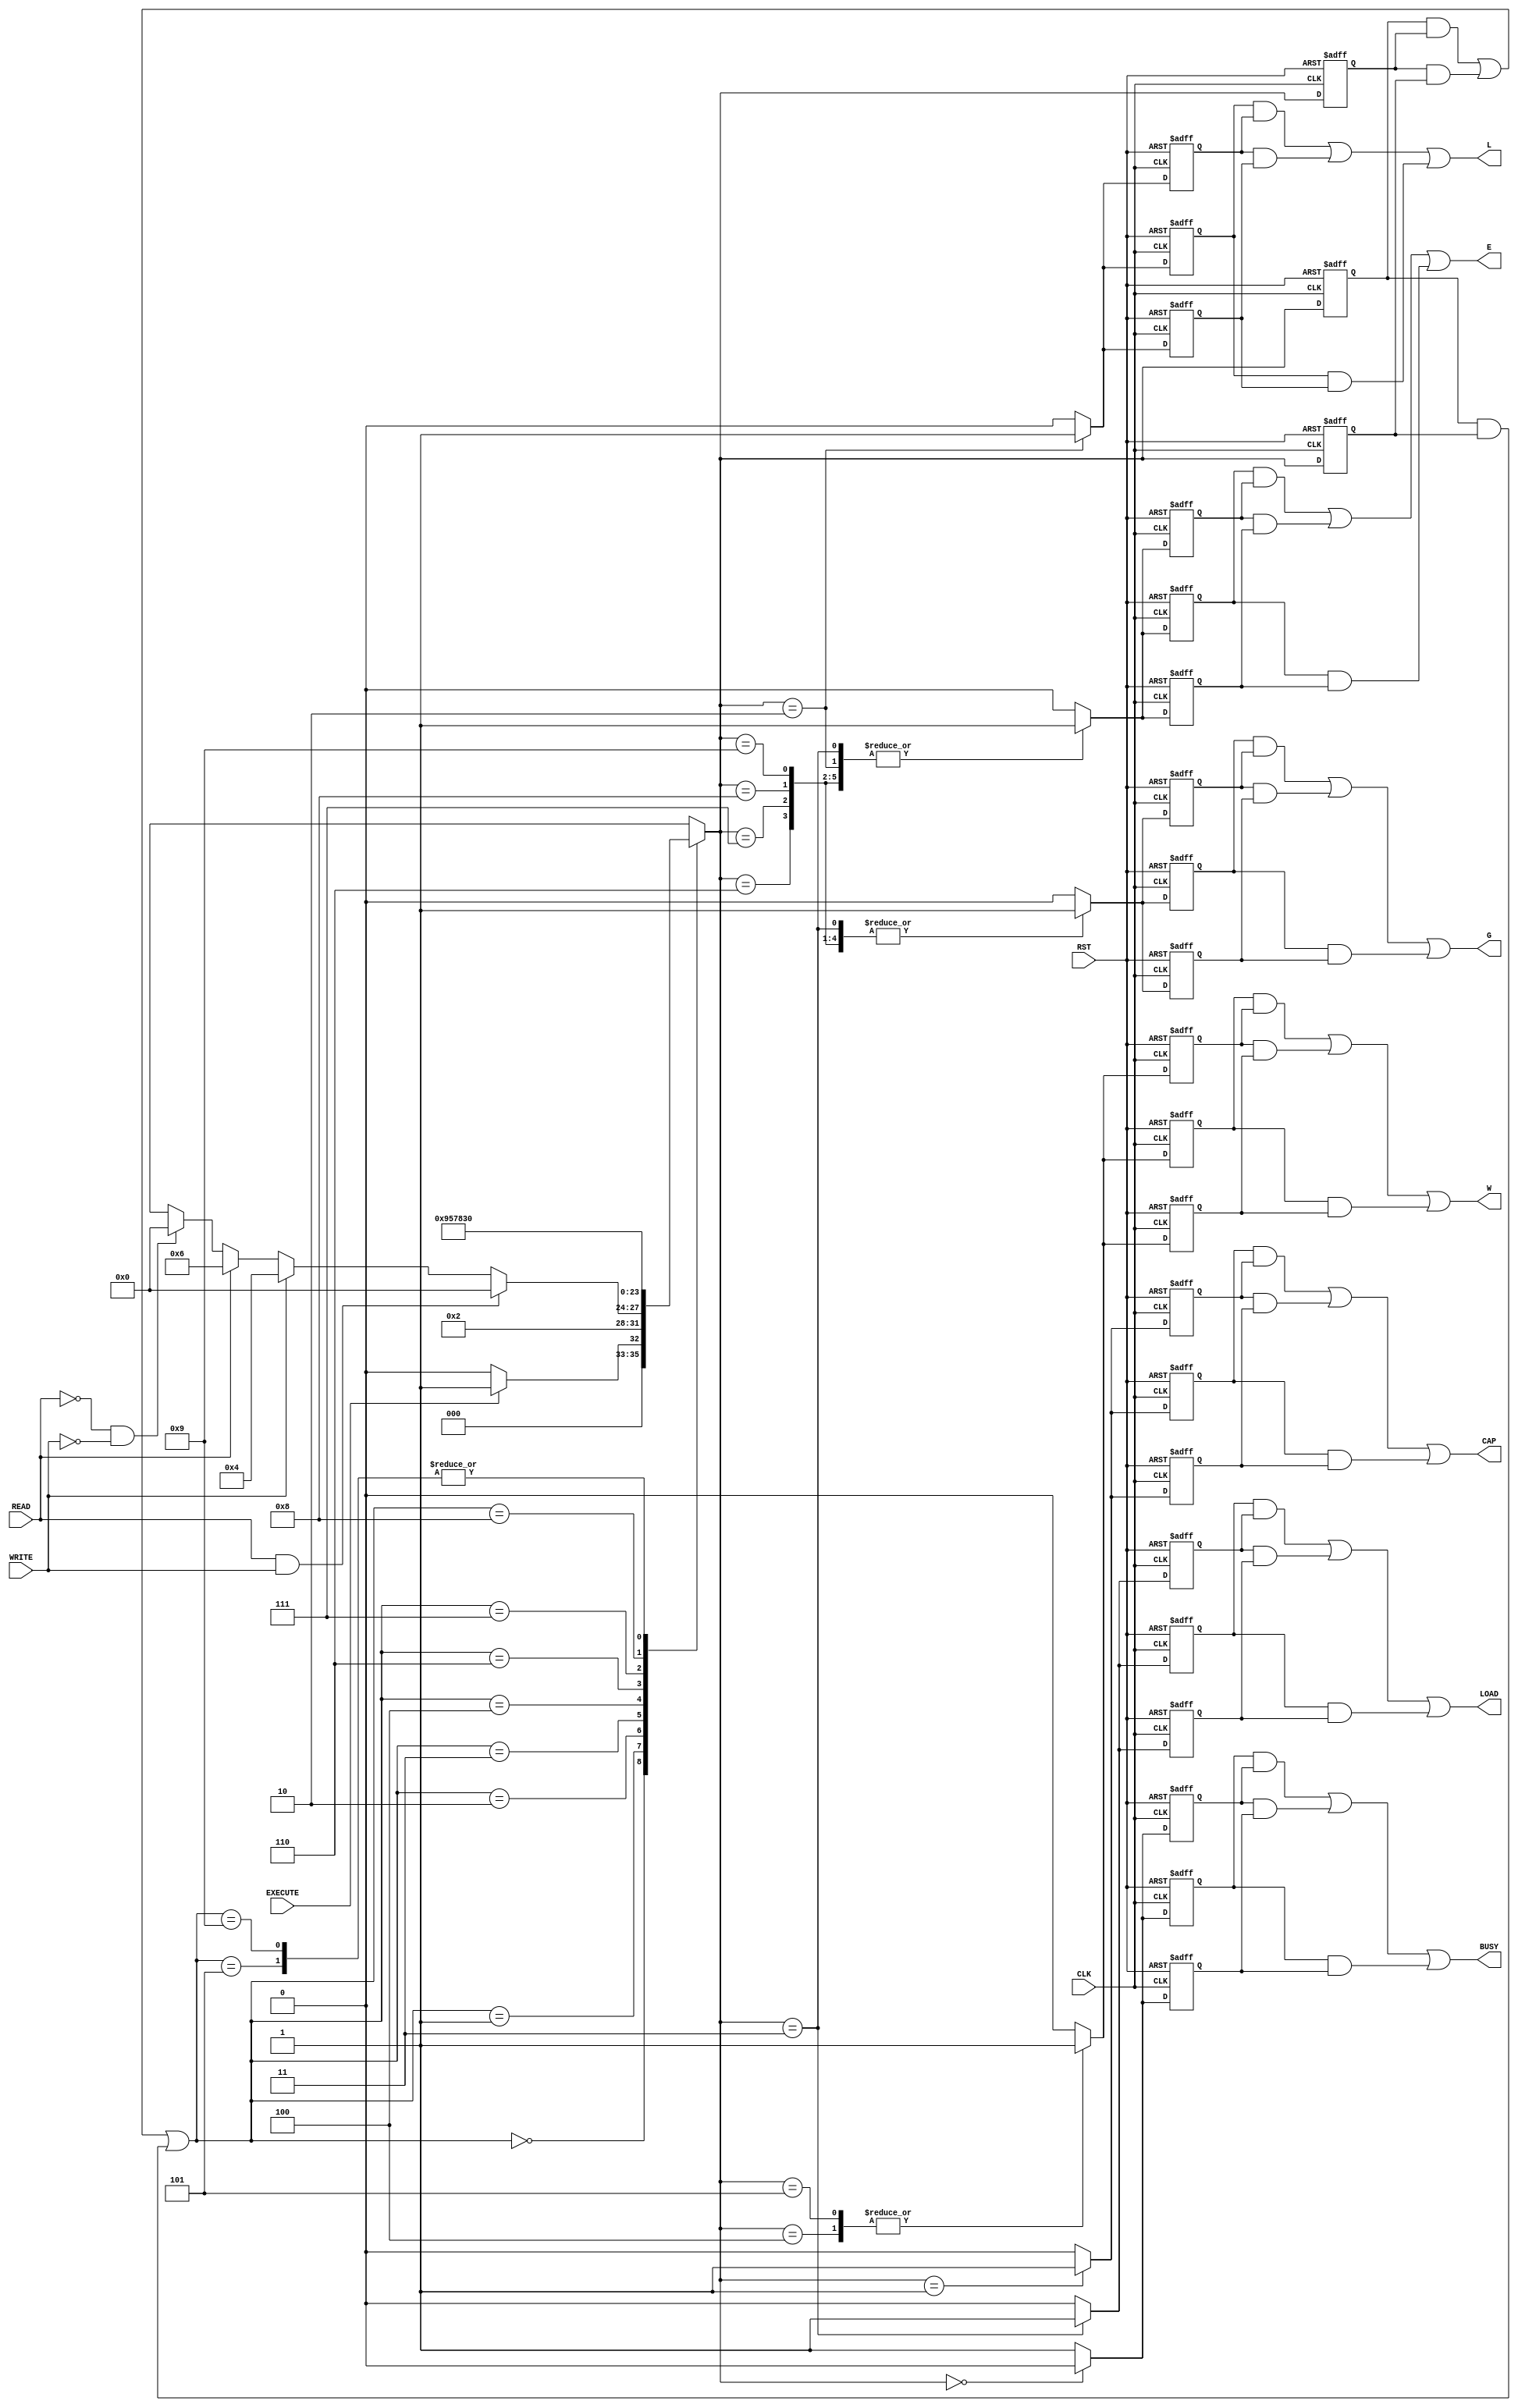

// Created by fizzim_tmr.pl version $Revision: 4.44 on 2014:08:25 at 17:16:57 (www.fizzim.com)

module BPI_intrf_FSM_TMR (
  output BUSY,
  output CAP,
  output E,
  output G,
  output L,
  output LOAD,
  output W,
  input CLK,
  input EXECUTE,
  input READ,
  input RST,
  input WRITE 
);

  // state bits
  parameter 
  Standby    = 4'b0000, 
  Capture    = 4'b0001, 
  Latch_Addr = 4'b0010, 
  Load       = 4'b0011, 
  WE1        = 4'b0100, 
  WE2        = 4'b0101, 
  Wait1      = 4'b0110, 
  Wait2      = 4'b0111, 
  Wait3      = 4'b1000, 
  Wait4      = 4'b1001; 

  (* syn_preserve = "true" *) reg [3:0] state_1;
  (* syn_preserve = "true" *) reg [3:0] state_2;
  (* syn_preserve = "true" *) reg [3:0] state_3;

  (* syn_keep = "true" *) wire [3:0] voted_state_1;
  (* syn_keep = "true" *) wire [3:0] voted_state_2;
  (* syn_keep = "true" *) wire [3:0] voted_state_3;

  assign voted_state_1 = (state_1 & state_2) | (state_2 & state_3) | (state_1 & state_3); // Majority logic
  assign voted_state_2 = (state_1 & state_2) | (state_2 & state_3) | (state_1 & state_3); // Majority logic
  assign voted_state_3 = (state_1 & state_2) | (state_2 & state_3) | (state_1 & state_3); // Majority logic

  (* syn_keep = "true" *) reg [3:0] nextstate_1;
  (* syn_keep = "true" *) reg [3:0] nextstate_2;
  (* syn_keep = "true" *) reg [3:0] nextstate_3;

  (* syn_preserve = "true" *)  reg BUSY_1;
  (* syn_preserve = "true" *)  reg BUSY_2;
  (* syn_preserve = "true" *)  reg BUSY_3;
  (* syn_preserve = "true" *)  reg CAP_1;
  (* syn_preserve = "true" *)  reg CAP_2;
  (* syn_preserve = "true" *)  reg CAP_3;
  (* syn_preserve = "true" *)  reg E_1;
  (* syn_preserve = "true" *)  reg E_2;
  (* syn_preserve = "true" *)  reg E_3;
  (* syn_preserve = "true" *)  reg G_1;
  (* syn_preserve = "true" *)  reg G_2;
  (* syn_preserve = "true" *)  reg G_3;
  (* syn_preserve = "true" *)  reg L_1;
  (* syn_preserve = "true" *)  reg L_2;
  (* syn_preserve = "true" *)  reg L_3;
  (* syn_preserve = "true" *)  reg LOAD_1;
  (* syn_preserve = "true" *)  reg LOAD_2;
  (* syn_preserve = "true" *)  reg LOAD_3;
  (* syn_preserve = "true" *)  reg W_1;
  (* syn_preserve = "true" *)  reg W_2;
  (* syn_preserve = "true" *)  reg W_3;

  // Assignment of outputs and flags to voted majority logic of replicated registers
  assign BUSY = (BUSY_1 & BUSY_2) | (BUSY_2 & BUSY_3) | (BUSY_1 & BUSY_3); // Majority logic
  assign CAP  = (CAP_1  & CAP_2 ) | (CAP_2  & CAP_3 ) | (CAP_1  & CAP_3 ); // Majority logic
  assign E    = (E_1    & E_2   ) | (E_2    & E_3   ) | (E_1    & E_3   ); // Majority logic
  assign G    = (G_1    & G_2   ) | (G_2    & G_3   ) | (G_1    & G_3   ); // Majority logic
  assign L    = (L_1    & L_2   ) | (L_2    & L_3   ) | (L_1    & L_3   ); // Majority logic
  assign LOAD = (LOAD_1 & LOAD_2) | (LOAD_2 & LOAD_3) | (LOAD_1 & LOAD_3); // Majority logic
  assign W    = (W_1    & W_2   ) | (W_2    & W_3   ) | (W_1    & W_3   ); // Majority logic

  // Assignment of error detection logic to replicated signals

  // comb always block
  always @* begin
    nextstate_1 = 4'bxxxx; // default to x because default_state_is_x is set
    nextstate_2 = 4'bxxxx; // default to x because default_state_is_x is set
    nextstate_3 = 4'bxxxx; // default to x because default_state_is_x is set
    case (voted_state_1)
      Standby   : if      (EXECUTE)          nextstate_1 = Capture;
                  else                       nextstate_1 = Standby;
      Capture   :                            nextstate_1 = Latch_Addr;
      Latch_Addr: if      (READ && WRITE)    nextstate_1 = Standby;
                  else if (WRITE)            nextstate_1 = WE1;
                  else if (READ)             nextstate_1 = Wait1;
                  else if (!READ && !WRITE)  nextstate_1 = Standby;
      Load      :                            nextstate_1 = Wait4;
      WE1       :                            nextstate_1 = WE2;
      WE2       :                            nextstate_1 = Standby;
      Wait1     :                            nextstate_1 = Wait2;
      Wait2     :                            nextstate_1 = Wait3;
      Wait3     :                            nextstate_1 = Load;
      Wait4     :                            nextstate_1 = Standby;
    endcase
    case (voted_state_2)
      Standby   : if      (EXECUTE)          nextstate_2 = Capture;
                  else                       nextstate_2 = Standby;
      Capture   :                            nextstate_2 = Latch_Addr;
      Latch_Addr: if      (READ && WRITE)    nextstate_2 = Standby;
                  else if (WRITE)            nextstate_2 = WE1;
                  else if (READ)             nextstate_2 = Wait1;
                  else if (!READ && !WRITE)  nextstate_2 = Standby;
      Load      :                            nextstate_2 = Wait4;
      WE1       :                            nextstate_2 = WE2;
      WE2       :                            nextstate_2 = Standby;
      Wait1     :                            nextstate_2 = Wait2;
      Wait2     :                            nextstate_2 = Wait3;
      Wait3     :                            nextstate_2 = Load;
      Wait4     :                            nextstate_2 = Standby;
    endcase
    case (voted_state_3)
      Standby   : if      (EXECUTE)          nextstate_3 = Capture;
                  else                       nextstate_3 = Standby;
      Capture   :                            nextstate_3 = Latch_Addr;
      Latch_Addr: if      (READ && WRITE)    nextstate_3 = Standby;
                  else if (WRITE)            nextstate_3 = WE1;
                  else if (READ)             nextstate_3 = Wait1;
                  else if (!READ && !WRITE)  nextstate_3 = Standby;
      Load      :                            nextstate_3 = Wait4;
      WE1       :                            nextstate_3 = WE2;
      WE2       :                            nextstate_3 = Standby;
      Wait1     :                            nextstate_3 = Wait2;
      Wait2     :                            nextstate_3 = Wait3;
      Wait3     :                            nextstate_3 = Load;
      Wait4     :                            nextstate_3 = Standby;
    endcase
  end

  // Assign reg'd outputs to state bits

  // sequential always block
  always @(posedge CLK or posedge RST) begin
    if (RST) begin
      state_1 <= Standby;
      state_2 <= Standby;
      state_3 <= Standby;
    end
    else begin
      state_1 <= nextstate_1;
      state_2 <= nextstate_2;
      state_3 <= nextstate_3;
    end
  end

  // datapath sequential always block
  always @(posedge CLK or posedge RST) begin
    if (RST) begin
      BUSY_1 <= 0;
      BUSY_2 <= 0;
      BUSY_3 <= 0;
      CAP_1 <= 0;
      CAP_2 <= 0;
      CAP_3 <= 0;
      E_1 <= 0;
      E_2 <= 0;
      E_3 <= 0;
      G_1 <= 0;
      G_2 <= 0;
      G_3 <= 0;
      L_1 <= 0;
      L_2 <= 0;
      L_3 <= 0;
      LOAD_1 <= 0;
      LOAD_2 <= 0;
      LOAD_3 <= 0;
      W_1 <= 0;
      W_2 <= 0;
      W_3 <= 0;
    end
    else begin
      BUSY_1 <= 1; // default
      BUSY_2 <= 1; // default
      BUSY_3 <= 1; // default
      CAP_1 <= 0; // default
      CAP_2 <= 0; // default
      CAP_3 <= 0; // default
      E_1 <= 0; // default
      E_2 <= 0; // default
      E_3 <= 0; // default
      G_1 <= 0; // default
      G_2 <= 0; // default
      G_3 <= 0; // default
      L_1 <= 0; // default
      L_2 <= 0; // default
      L_3 <= 0; // default
      LOAD_1 <= 0; // default
      LOAD_2 <= 0; // default
      LOAD_3 <= 0; // default
      W_1 <= 0; // default
      W_2 <= 0; // default
      W_3 <= 0; // default
      case (nextstate_1)
        Standby   :        BUSY_1 <= 0;
        Capture   :        CAP_1 <= 1;
        Latch_Addr: begin
                           E_1 <= 1;
                           L_1 <= 1;
        end
        Load      : begin
                           E_1 <= 1;
                           G_1 <= 1;
                           LOAD_1 <= 1;
        end
        WE1       : begin
                           E_1 <= 1;
                           W_1 <= 1;
        end
        WE2       : begin
                           E_1 <= 1;
                           W_1 <= 1;
        end
        Wait1     : begin
                           E_1 <= 1;
                           G_1 <= 1;
        end
        Wait2     : begin
                           E_1 <= 1;
                           G_1 <= 1;
        end
        Wait3     : begin
                           E_1 <= 1;
                           G_1 <= 1;
        end
        Wait4     : begin
                           E_1 <= 1;
                           G_1 <= 1;
        end
      endcase
      case (nextstate_2)
        Standby   :        BUSY_2 <= 0;
        Capture   :        CAP_2 <= 1;
        Latch_Addr: begin
                           E_2 <= 1;
                           L_2 <= 1;
        end
        Load      : begin
                           E_2 <= 1;
                           G_2 <= 1;
                           LOAD_2 <= 1;
        end
        WE1       : begin
                           E_2 <= 1;
                           W_2 <= 1;
        end
        WE2       : begin
                           E_2 <= 1;
                           W_2 <= 1;
        end
        Wait1     : begin
                           E_2 <= 1;
                           G_2 <= 1;
        end
        Wait2     : begin
                           E_2 <= 1;
                           G_2 <= 1;
        end
        Wait3     : begin
                           E_2 <= 1;
                           G_2 <= 1;
        end
        Wait4     : begin
                           E_2 <= 1;
                           G_2 <= 1;
        end
      endcase
      case (nextstate_3)
        Standby   :        BUSY_3 <= 0;
        Capture   :        CAP_3 <= 1;
        Latch_Addr: begin
                           E_3 <= 1;
                           L_3 <= 1;
        end
        Load      : begin
                           E_3 <= 1;
                           G_3 <= 1;
                           LOAD_3 <= 1;
        end
        WE1       : begin
                           E_3 <= 1;
                           W_3 <= 1;
        end
        WE2       : begin
                           E_3 <= 1;
                           W_3 <= 1;
        end
        Wait1     : begin
                           E_3 <= 1;
                           G_3 <= 1;
        end
        Wait2     : begin
                           E_3 <= 1;
                           G_3 <= 1;
        end
        Wait3     : begin
                           E_3 <= 1;
                           G_3 <= 1;
        end
        Wait4     : begin
                           E_3 <= 1;
                           G_3 <= 1;
        end
      endcase
    end
  end

  // This code allows you to see state names in simulation
  `ifndef SYNTHESIS
  reg [79:0] statename;
  always @* begin
    case (state_1)
      Standby   : statename = "Standby";
      Capture   : statename = "Capture";
      Latch_Addr: statename = "Latch_Addr";
      Load      : statename = "Load";
      WE1       : statename = "WE1";
      WE2       : statename = "WE2";
      Wait1     : statename = "Wait1";
      Wait2     : statename = "Wait2";
      Wait3     : statename = "Wait3";
      Wait4     : statename = "Wait4";
      default   : statename = "XXXXXXXXXX";
    endcase
  end
  `endif

endmodule